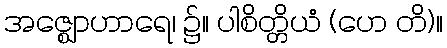
အဇ္ဈောဟာရေ၊ ၌။ ပါစိတ္တိယံ (ဟေ တိ)။